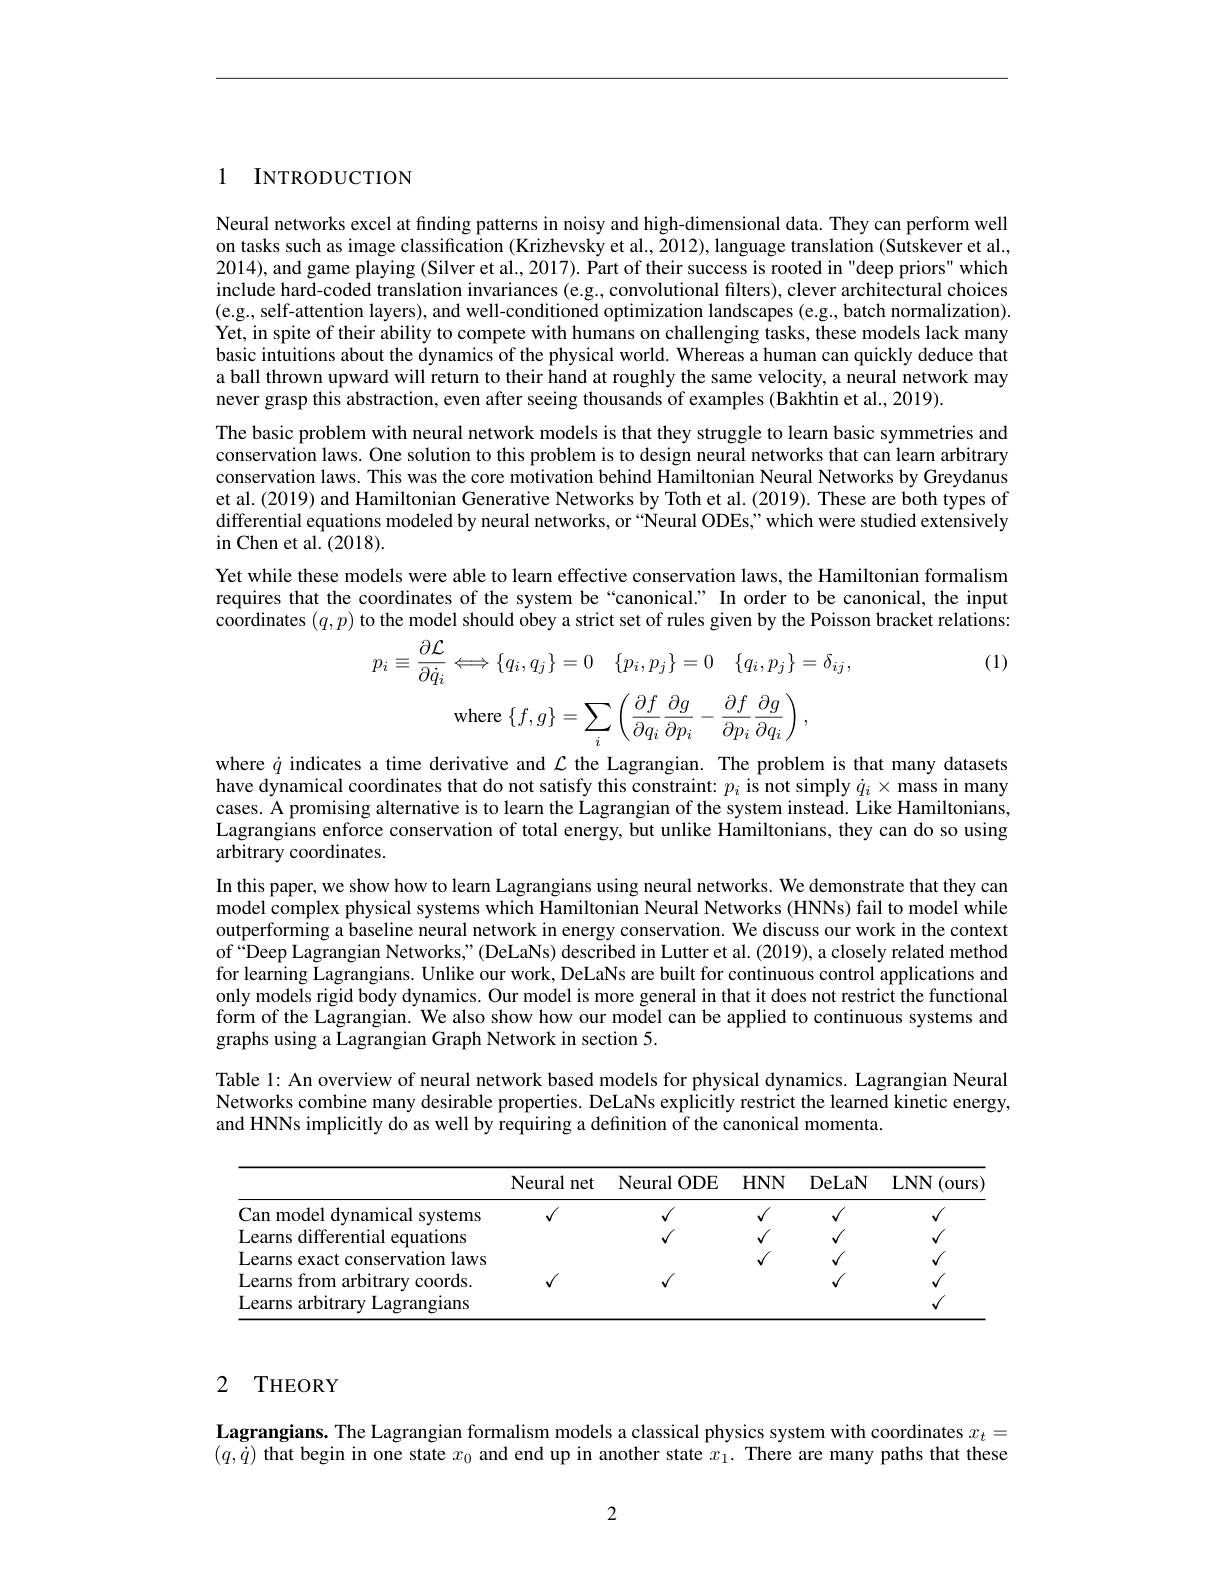
1 INTRODUCTION

Neural networks excel at finding patterns in noisy and high-dimensional data. They can perform well on tasks such as image classification (Krizhevsky et al., $\tilde{20}12)$, language translation (Sutskever et al., 2014), and game playing (Silver et al., 2017). Part of their success is rooted in"deep priors" which include hard-coded translation invariances (e.g., convolutional filters), clever architectural choices (e.g., self-attention layers), and well-conditioned optimization landscapes (e.g., batch normalization). Yet, in spite of their ability to compete with humans on challenging tasks, these models lack many basic intuitions about the dynamics of the physical world. Whereas a human can quickly deduce that a ball thrown upward will return to their hand at roughly the same velocity, a neural network may never grasp this abstraction, even after seeing thousands of examples (Bakhtin et al., 2019).
The basic problem with neural network models is that they struggle to learn basic symmetries and conservation laws. One solution to this problem is to design neural networks that can learn arbitrary conservation laws. This was the core motivation behind Hamiltonian Neural Networks by Greydanus et al. (2019) and Hamiltonian Generative Networks by Toth et al.(2019). These are both types of differential equations modeled by neural networks, or "Neural ODEs;" which were studied extensively in Chen et al. (2018).
Yet while these models were able to learn effective conservation laws, the Hamiltonian formalism requires that the coordinates of the system be“canonical.” In order to be canonical, the input coordinates $(q,p)$ to the model should obey a strict set of rules given by the Poisson bracket relations:

(1)
$$\begin{aligned}p_{i}\equiv\frac{\partial\mathcal{L}}{\partial\dot{q}_{i}}&\Longleftrightarrow\{q_{i},q_{j}\}=0\quad\{p_{i},p_{j}\}=0\quad\{q_{i},p_{j}\}=\delta_{ij},\\&\mathrm{where}\:\{f,g\}=\sum_{i}\left(\frac{\partial f}{\partial q_{i}}\frac{\partial g}{\partial p_{i}}-\frac{\partial f}{\partial p_{i}}\frac{\partial g}{\partial q_{i}}\right),\\\end{aligned}$$
where $\dot{q}$ indicates a time derivative and $\mathcal{L}$ the Lagrangian. The problem is that many datasets have dynamical coordinates that do not satisfy this constraint: $p_i$ is not simply $\dot{q}_i\times$ mass in many cases. A promising alternative is to learn the Lagrangian of the system instead. Like Hamiltonians, Lagrangians enforce conservation of total energy, but unlike Hamiltonians, they can do so using arbitrary coordinates.
In this paper, we show how to learn Lagrangians using neural networks. We demonstrate that they can model complex physical systems which Hamiltonian Neural Networks (HNNs) fail to model while outperforming a baseline neural network in energy conservation. We discuss our work in the context of “Deep Lagrangian Networks,”(DeLaNs) described in Lutter et al. (2019), a closely related method for learning Lagrangians. Unlike our work, DeLaNs are built for continuous control applications and only models rigid body dynamics. Our model is more general in that it does not restrict the functional form of the Lagrangian. We also show how our model can be applied to continuous systems and graphs using a Lagrangian Graph Network in section 5.
Table 1: An overview of neural network based models for physical dynamics. Lagrangian Neural

Networks combine many desirable properties. DeLaNs explicitly restrict the learned kinetic energy,
and HNNs implicitly do as well by requiring a definition of the canonical momenta.

<table>
	<tbody>
		<tr>
			<th> </th>
			<th>Neural net</th>
			<th>Neural $ODE$</th>
			<th>$HNN$</th>
			<th>DeLaN</th>
			<th>$LNN$ (ours</th>
		</tr>
		<tr>
			<td>Can model dynamical systems</td>
			<td>$√$</td>
			<td>$√$</td>
			<td>$√$</td>
			<td>$√$</td>
			<td>$√$</td>
		</tr>
		<tr>
			<td>Learns differential equations</td>
			<td> </td>
			<td>$√$</td>
			<td>1</td>
			<td>$\mathbf{v}$</td>
			<td>$√$</td>
		</tr>
		<tr>
			<td>Learns exact conservation laws</td>
			<td> </td>
			<td> </td>
			<td>1</td>
			<td>$\mathbf{v}$</td>
			<td>$√$</td>
		</tr>
		<tr>
			<td>Learns from arbitrary coords.</td>
			<td>$√$</td>
			<td>$√$</td>
			<td> </td>
			<td>$\sqrt{1}$</td>
			<td>$√$</td>
		</tr>
		<tr>
			<td>Learns arbitrary Lagrangians</td>
			<td> </td>
			<td> </td>
			<td> </td>
			<td> </td>
			<td>$√$</td>
		</tr>
	</tbody>
</table>

# 2 THEORY

Lagrangians. The Lagrangian formalism models a classical physics system with coordinates $x_{t}=$ $(q,\dot{q})$ that begin in one state $x_0$ and end up in another state $x_1.$ There are many paths that these

2